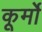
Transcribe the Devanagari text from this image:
कूर्मो